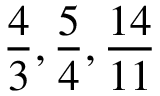
{ \frac { 4 } { 3 } } , { \frac { 5 } { 4 } } , { \frac { 1 4 } { 1 1 } }